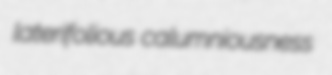
laterifolious calumniousness